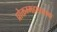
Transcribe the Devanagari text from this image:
प्रोक्तम्महापातक